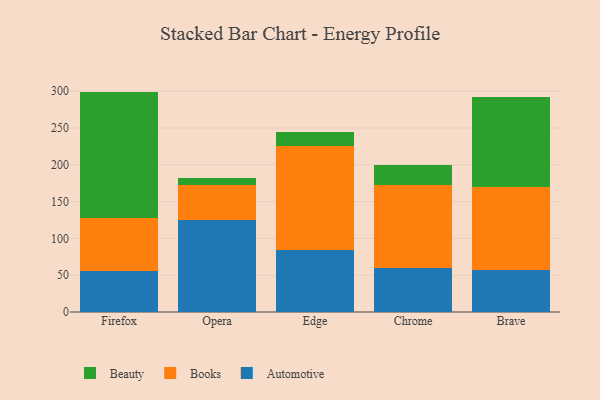
{"axis": {"x": "Browser", "y": "Production Output"}, "legend": ["Automotive", "Beauty", "Books"], "data": [{"x": "Firefox", "y": 56.1, "type": "Automotive"}, {"x": "Firefox", "y": 72.1, "type": "Books"}, {"x": "Firefox", "y": 171.2, "type": "Beauty"}, {"x": "Opera", "y": 125.3, "type": "Automotive"}, {"x": "Opera", "y": 47.0, "type": "Books"}, {"x": "Opera", "y": 10.1, "type": "Beauty"}, {"x": "Edge", "y": 84.9, "type": "Automotive"}, {"x": "Edge", "y": 140.8, "type": "Books"}, {"x": "Edge", "y": 19.1, "type": "Beauty"}, {"x": "Chrome", "y": 59.7, "type": "Automotive"}, {"x": "Chrome", "y": 113.3, "type": "Books"}, {"x": "Chrome", "y": 27.0, "type": "Beauty"}, {"x": "Brave", "y": 56.5, "type": "Automotive"}, {"x": "Brave", "y": 113.7, "type": "Books"}, {"x": "Brave", "y": 122.1, "type": "Beauty"}]}